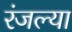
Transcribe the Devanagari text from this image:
रंजल्या